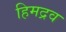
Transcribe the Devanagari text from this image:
हिमद्रव